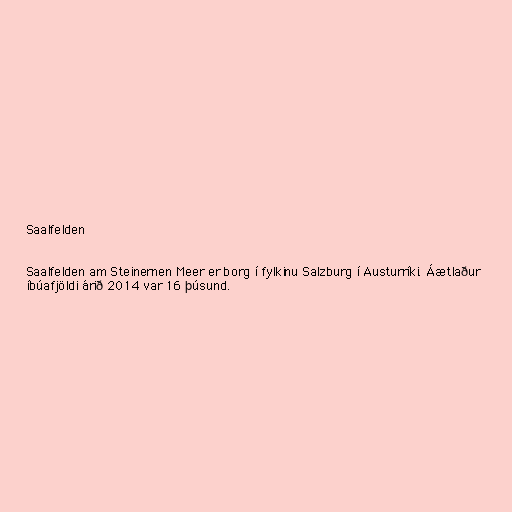
Saalfelden

Saalfelden am Steinernen Meer er borg í fylkinu Salzburg í Austurríki. Áætlaður
íbúafjöldi árið 2014 var 16 þúsund.